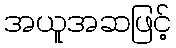
အယူအဆဖြင့်